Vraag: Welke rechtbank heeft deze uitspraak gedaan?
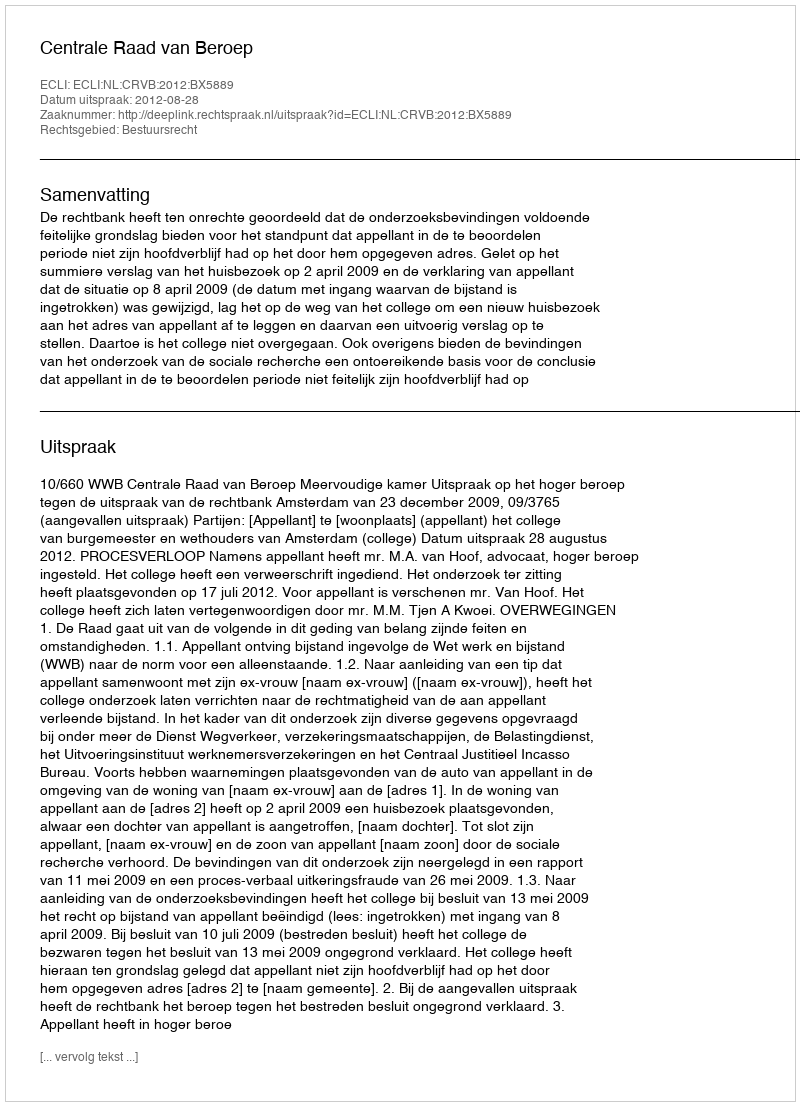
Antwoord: Centrale Raad van Beroep